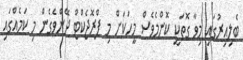
ބެލިއިރުގައި މިވާ ގޮތަކީ ކޮންމެވެސް މީހަކަށް މި ޕްރޮޖެކްޓް ދޭންވެގެން މި ކަމެއްގައި